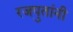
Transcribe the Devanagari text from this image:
रजपुतांनी